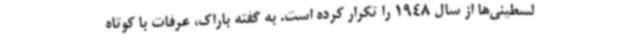
لسطینی‌ها از سال 1948 را تکرار کرده است. به گفته باراک، عرفات با کوتاه